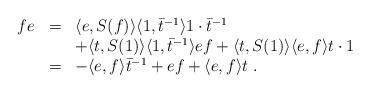
LaTeX: \begin{align*}\begin{array}{rcl}fe&=&\langle e,S(f)\rangle\langle 1,{\bar t}^{-1}\rangle 1\cdot \bar{t}^{-1}\\ & & +\langle t,S(1)\rangle\langle 1,\bar{t}^{-1}\rangle ef +\langle t,S(1)\rangle\langle e,f\rangle t\cdot 1\\ &=&-\langle e,f\rangle{\bar t}^{-1}+ef+\langle e,f\rangle t~.\end{array}\end{align*}